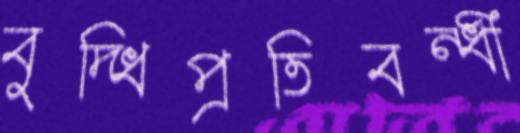
বুদ্ধিপ্রতিবন্ধী